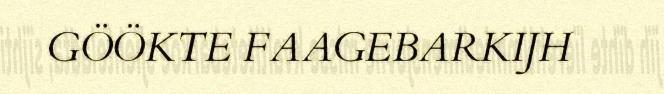
GÖÖKTE FAAGEBARKIJH